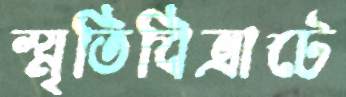
স্মৃতিবিভ্রাটে